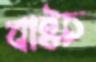
বাইচ